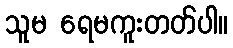
သူမ ရေမကူးတတ်ပါ။